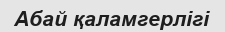
Абай қаламгерлігі